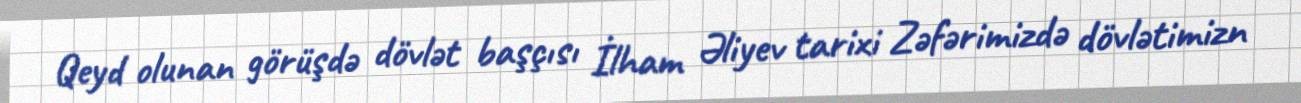
Qeyd olunan görüşdə dövlət başçısı İlham Əliyev tarixi Zəfərimizdə dövlətimizn